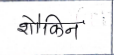
मजकूर: शौकिन